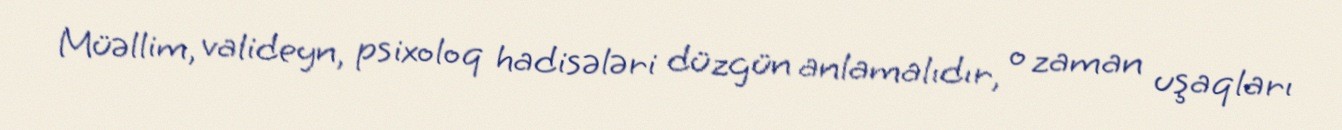
Müəllim, valideyn, psixoloq hadisələri düzgün anlamalıdır, o zaman uşaqları